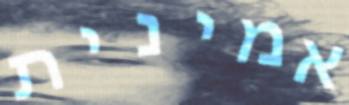
אמינית